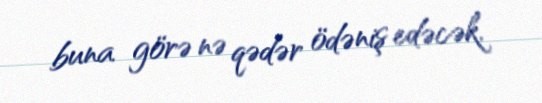
buna görə nə qədər ödəniş edəcək.